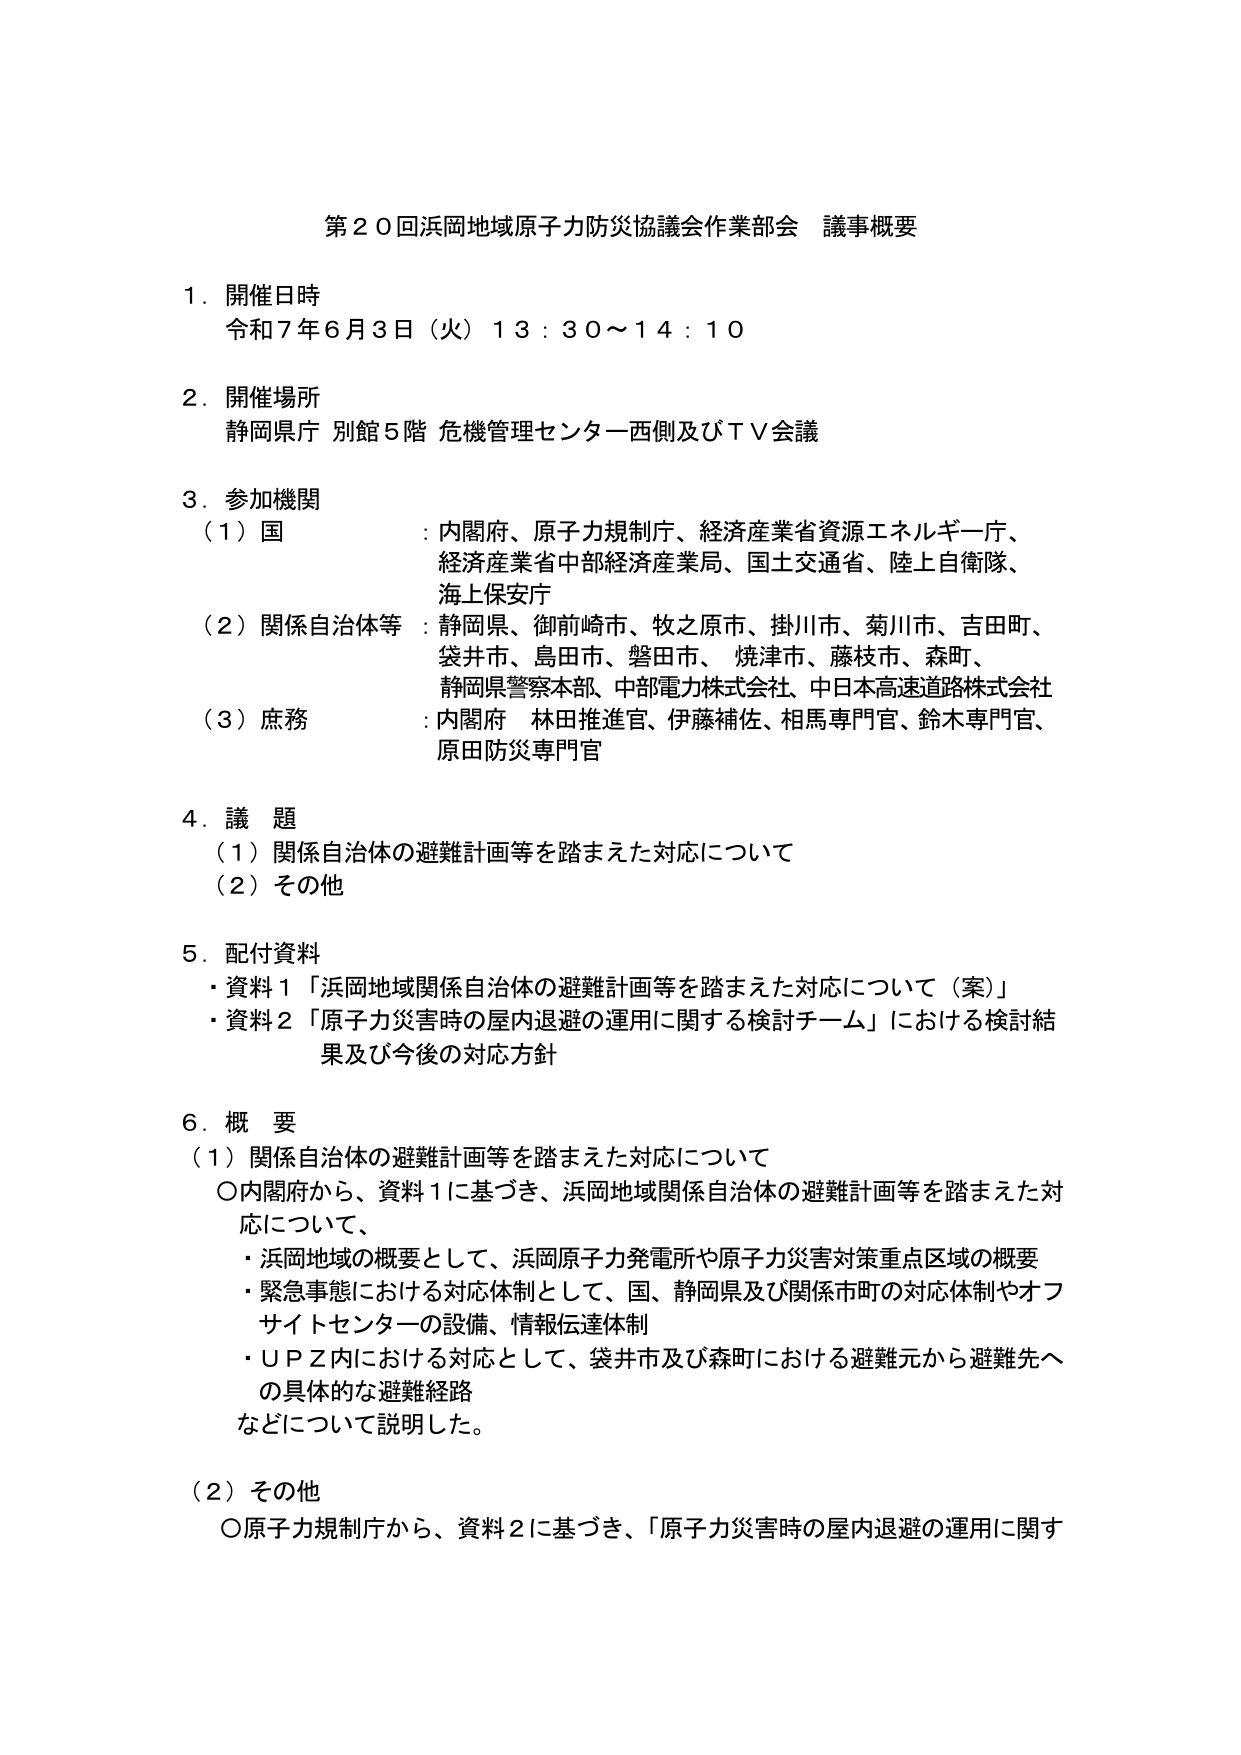
第２０回浜岡地域原子力防災協議会作業部会 議事概要

１．開催日時
令和７年６月３日（火）１３：３０～１４：１０

２．開催場所
静岡県庁 別館５階 危機管理センター西側及びＴＶ会議

３．参加機関
（１）国 ：内閣府、原子力規制庁、経済産業省資源エネルギー庁、
　　　　　経済産業省中部経済産業局、国土交通省、陸上自衛隊、
　　　　　海上保安庁
（２）関係自治体等 ：静岡県、御前崎市、牧之原市、掛川市、菊川市、吉田町、
　　　　　　　　　袋井市、島田市、磐田市、焼津市、藤枝市、森町、
　　　　　　　　　静岡県警察本部、中部電力株式会社、中日本高速道路株式会社
（３）庶務 ：内閣府 林田推進官、伊藤補佐、相馬専門官、鈴木専門官、
　　　　　原田防災専門官

４．議題
（１）関係自治体の避難計画等を踏まえた対応について
（２）その他

５．配付資料
・資料１「浜岡地域関係自治体の避難計画等を踏まえた対応について（案）」
・資料２「原子力災害時の屋内退避の運用に関する検討チーム」における検討結果及び今後の対応方針

６．概要
（１）関係自治体の避難計画等を踏まえた対応について
　○内閣府から、資料１に基づき、浜岡地域関係自治体の避難計画等を踏まえた対応について、
　・浜岡地域の概要として、浜岡原子力発電所や原子力災害対策重点区域の概要
　・緊急事態における対応体制として、国、静岡県及び関係市町の対応体制やオフサイトセンターの設備、情報伝達体制
　・ＵＰＺ内における対応として、袋井市及び森町における避難元から避難先への具体的な避難経路
　などについて説明した。

（２）その他
　○原子力規制庁から、資料２に基づき、「原子力災害時の屋内退避の運用に関す